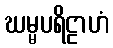
ဃမ္မပရိဠာဟံ